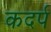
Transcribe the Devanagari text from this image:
कदर्प